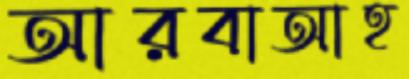
আরবাআহ